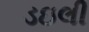
ડઇલી